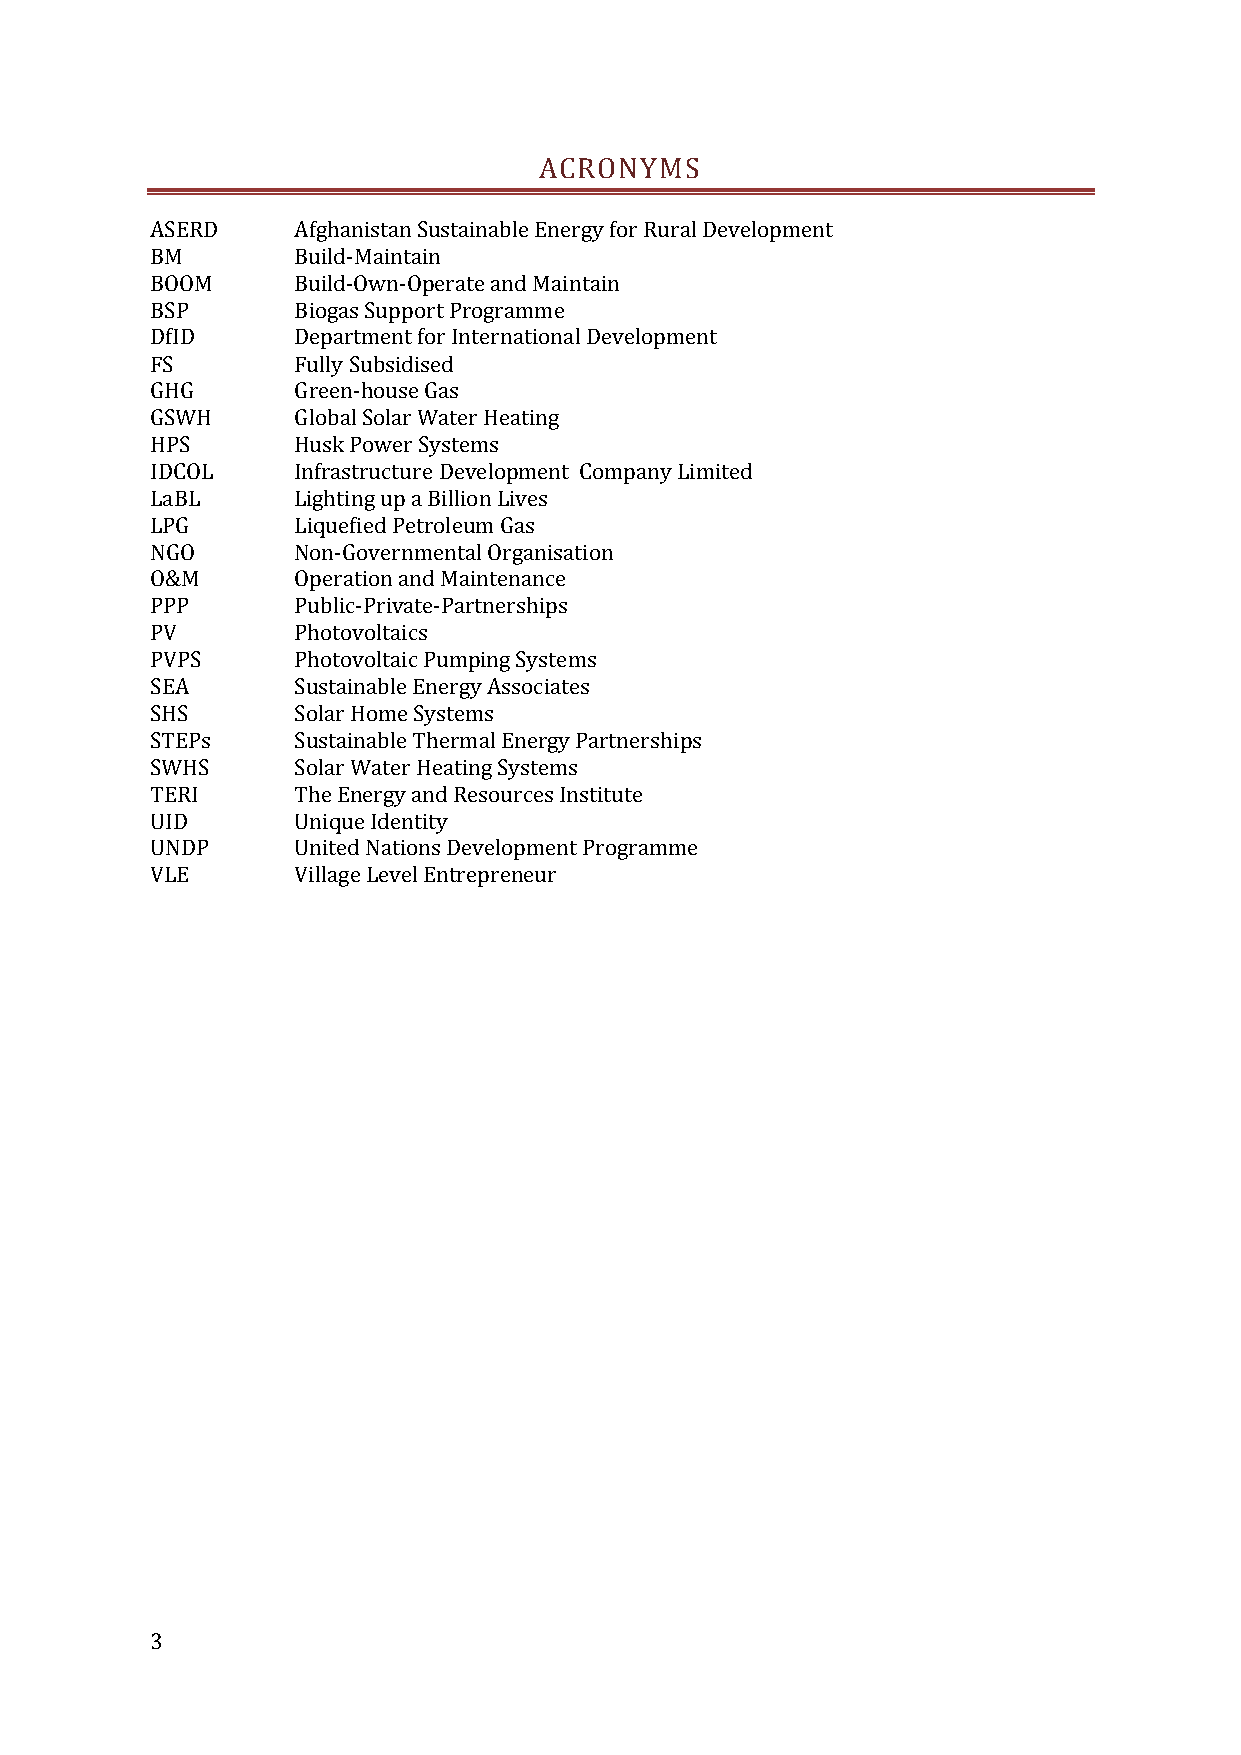
ACRONYMS
 ASERD    Afghanistan Sustainable Energy for Rural Development
 BM       Build-Maintain
 BOOM     Build-Own-Operate and Maintain
 BSP      Biogas Support Programme
 DfID     Department for International Development
 FS       Fully Subsidised
 GHG      Green-house Gas
 GSWH     Global Solar Water Heating
 HPS      Husk Power Systems
 IDCOL    Infrastructure Development Company Limited
 LaBL     Lighting up a Billion Lives
 LPG      Liquefied Petroleum Gas
 NGO      Non-Governmental Organisation
 O&M      Operation and Maintenance
 PPP      Public-Private-Partnerships
 PV       Photovoltaics
 PVPS     Photovoltaic Pumping Systems
 SEA      Sustainable Energy Associates
 SHS      Solar Home Systems
 STEPs    Sustainable Thermal Energy Partnerships
 SWHS     Solar Water Heating Systems
 TERI     The Energy and Resources Institute
 UID      Unique Identity
 UNDP     United Nations Development Programme
 VLE      Village Level Entrepreneur
 3